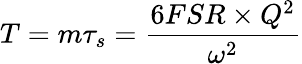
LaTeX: T=m\tau_{s}=\frac{6FSR\times Q^{2}}{\omega^{2}}